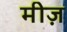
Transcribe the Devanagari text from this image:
मीज़